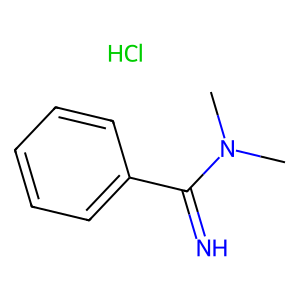
SMILES: CN(C)C(=N)c1ccccc1.Cl
Inhibits HIV replication: No